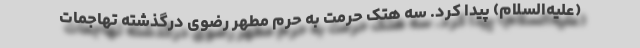
(علیه‌السلام) پیدا کرد. سه هتک حرمت به حرم مطهر رضوی درگذشته تهاجمات